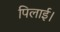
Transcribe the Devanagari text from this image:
पिलाई।